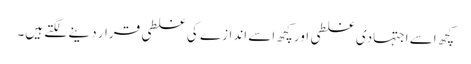
کچھ اسے اجتہادی غلطی اور کچھ اسے اندازے کی غلطی قرار دینے لگتے ہیں۔